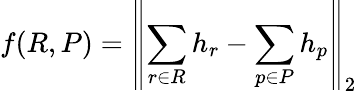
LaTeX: f(R,P)=\left\| \sum_{r\in R}h_{r}-\sum_{p\in P}h_{p}\right\| _{2}